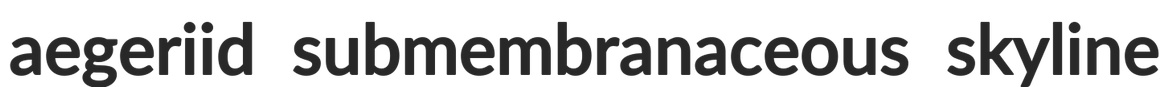
aegeriid submembranaceous skyline